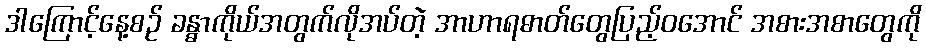
ဒါကြောင့်နေ့စဉ် ခန္ဓာကိုယ်အတွက်လိုအပ်တဲ့ အာဟာရဓာတ်တွေပြည့်ဝအောင် အစားအစာတွေကို